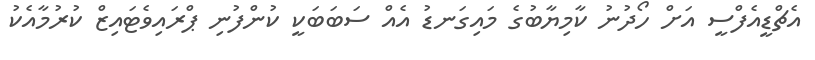
އެޗްޑީއެފްސީ އަށް ހޯދުނު ކާމިޔާބުގެ މައިގަނޑު އެއް ސަބަބަކީ ކުންފުނި ޕްރައިވެޓައިޒް ކުރުމާއެކު